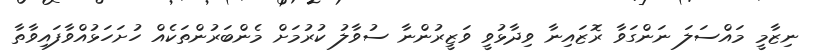
ނިޒާމީ މައްސަލަ ނަންގަވާ ރޮޒައިނާ ވިދާޅުވީ ވަޒީރުންނާ ސުވާލު ކުރުމަށް މެންބަރުންތަކެއް ހުށަހަޅުއްވާފައިވާތާ